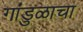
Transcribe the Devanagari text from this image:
गांडुळाचा